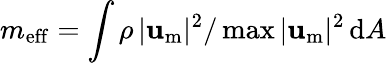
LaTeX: m_{\mathrm{eff}}=\int\rho\, |\mathbf{u}_{\mathrm{m}}|^{2}/\operatorname*{max}|\mathbf{u}_{\mathrm{m}}|^{2}\, \mathrm{d}A